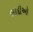
લાદીઓ